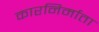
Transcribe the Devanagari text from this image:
कारनिर्माता